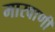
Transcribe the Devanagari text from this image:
मारवाणी